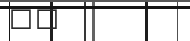
٥٥